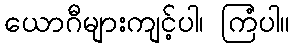
ယောဂီများကျင့်ပါ၊ ကြံပါ။